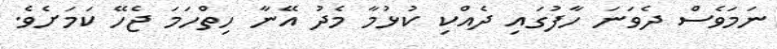
ނަމަވެސް ދެވަނަ ހާފުގައި ދެއްކި ކުޅުމާ މެދު އޭނާ ހިތްހަމަ ޖެހޭ ކަމަށެވެ.